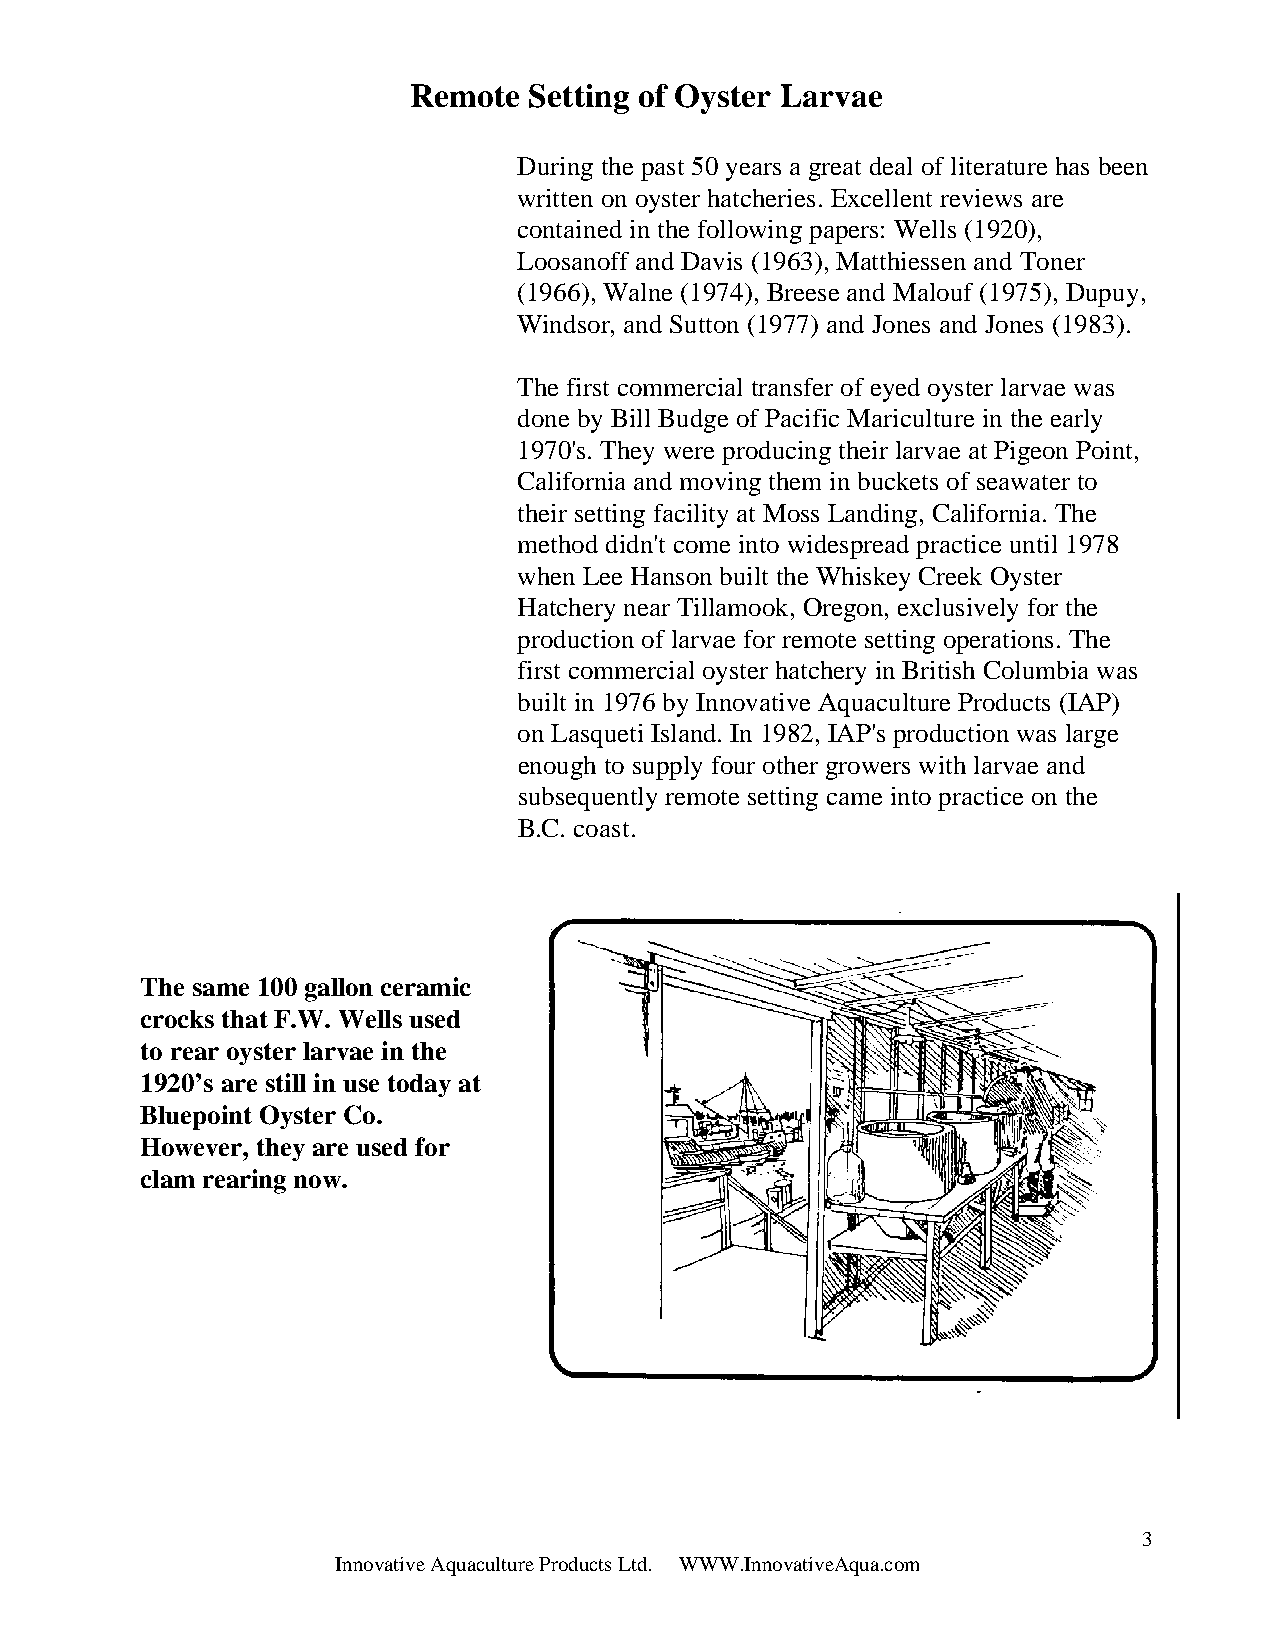
Remote  Setting of Oyster Larvae
 During the past 50 years a great deal of literature has been
 written on oyster hatcheries. Excellent reviews are
 contained in the following papers: Wells (1920),
 Loosanoff and Davis (1963), Matthiessen and Toner
 (1966), Walne (1974), Breese and Malouf (1975), Dupuy,
 Windsor, and Sutton (1977) and Jones and Jones (1983).
 The first commercial transfer of eyed oyster larvae was
 done by Bill Budge of Pacific Mariculture in the early
 1970's. They were producing their larvae at Pigeon Point,
 California and moving them in buckets of seawater to
 their setting facility at Moss Landing, California. The
 method didn't come into widespread practice until 1978
 when Lee Hanson built the Whiskey Creek Oyster
 Hatchery near Tillamook, Oregon, exclusively for the
 production of larvae for remote setting operations. The
 first commercial oyster hatchery in British Columbia was
 built in 1976 by Innovative Aquaculture Products (IAP)
 on Lasqueti Island. In 1982, IAP's production was large
 enough to supply four other growers with larvae and
 subsequently remote setting came into practice on the
 B.C. coast.
 The same 100 gallon ceramic
 crocks that F.W. Wells used
 to rear oyster larvae in the
 1920’s are still in use today at
 Bluepoint Oyster Co.
 However, they are used for
 clam rearing now.
 3
 Innovative Aquaculture Products Ltd. WWW.InnovativeAqua.com